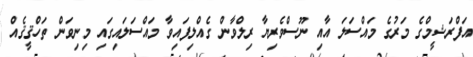
އަފްރަޝީމްގެ މަރުގެ މައްސަލަ އާއި ނޫސްވެރިޔާ ރިލްވާން ގެއްލިފައިވާ މައްސަލައިގައި މިނިވަން ތަހްޤީޤެއް